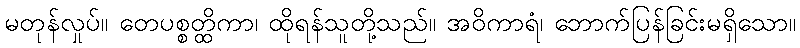
မတုန်လှုပ်။ တေပစ္စတ္ထိကာ၊ ထိုရန်သူတို့သည်။ အဝိကာရံ၊ ဘောက်ပြန်ခြင်းမရှိသော။